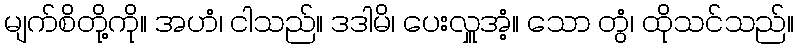
မျက်စိတို့ကို။ အဟံ၊ ငါသည်။ ဒဒါမိ၊ ပေးလှူအံ့။ သော တွံ၊ ထိုသင်သည်။